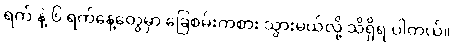
ရက် နဲ့ ၆ ရက်နေ့တွေမှာ ခြေစမ်းကစား သွားမယ်လို့ သိရှိရ ပါတယ်။